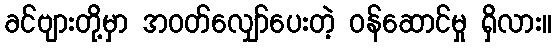
ခင်ဗျားတို့မှာ အဝတ်လျှော်ပေးတဲ့ ဝန်ဆောင်မှု ရှိလား။